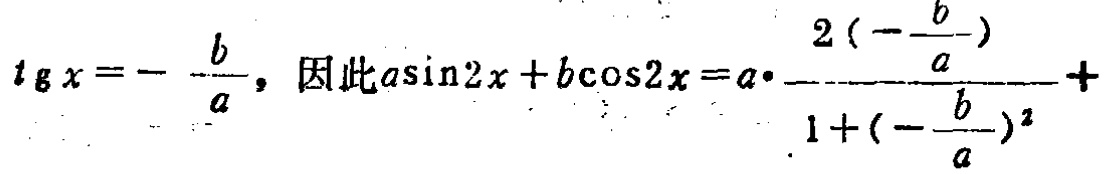
$tgx = - \frac{b}{a}，因此a\sin2x + b\cos2x = a\cdot\frac{2(-\frac{b}{a})}{1 + (-\frac{b}{a})^2}+$